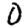
Digit: 0